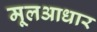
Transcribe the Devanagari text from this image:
मूलआधार